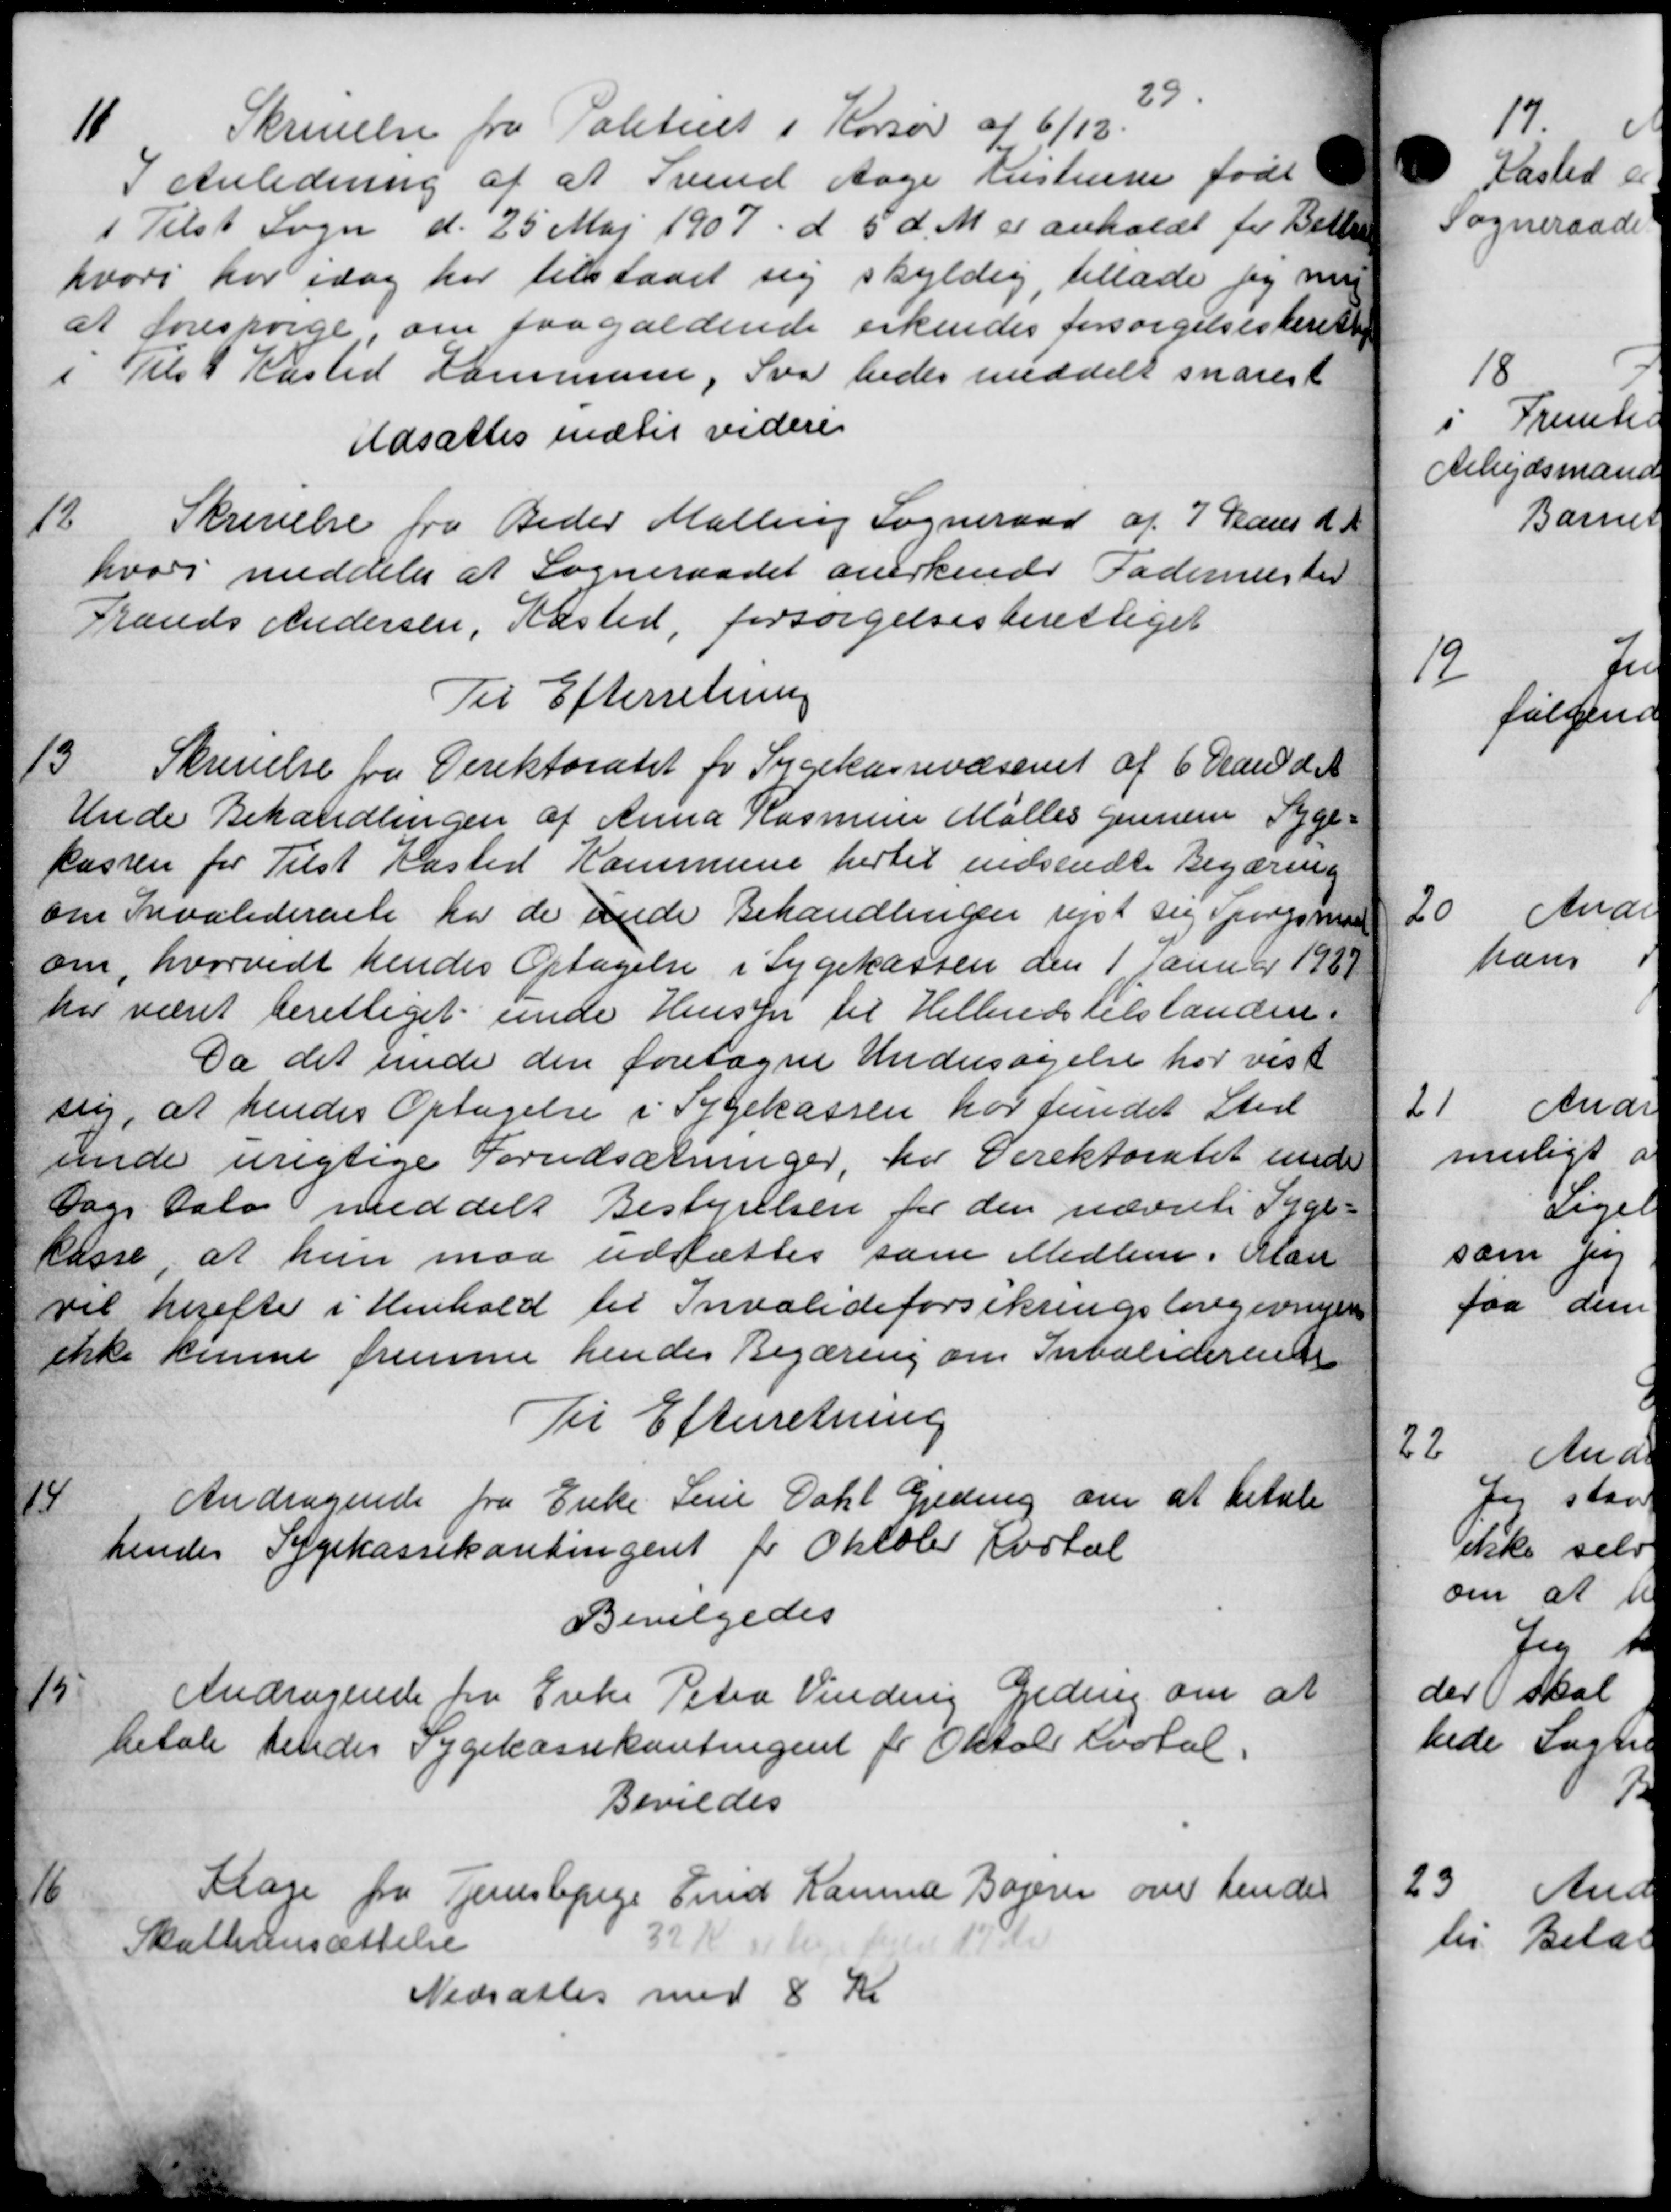
Transskription:
11
Skrivelse fra Politieet i Korsør af 6/12. 29
I Anledning af at Svend Aage Kristensen født
i Tilst Sogn d. 25 Maj 1907 d 5 d. M. er anholdt for Bett
hvori har idag har tilstaaet sig skyldig, tillade jeg m
at forespørge om paagældende erkendes forsørgelsesberettig
i Tilst Kasted Kommune, Svar bedes meddelt snarest
Udsattes indtil videre
12
Skrivelse fra Peder Malling Sogneraad af 7 Maus d. A
hvori meddeler at Sogneraadet anerkende Fadermester
Frands Andersen, Kasted, forsørgelsesberettiget
Til Efterretning
13
Skrivelse fra Direktoratet for Sygekassevæsenet af 6 Man d. A
Unde Behandlingen af Anna Rasmussen Møller gennem Syge=
kassen for Tilst Kasted Kommune hertil indsendte Begæring
om Invaliderente har de sende Behandlingen lyst sig Spørgsman
om, hvorvidt hendes Optagelse i Sygekassen den 1 januar 1929
har været berettiget unde Hensyn til Hilbudstilstanden.
Da det unde den foretagne Undersøgelse har vist
sig, at hendes Optagelse i Sygekassen har fundet Sted
unde urigtige Forudsætninger, for Direktoratet under
Dags Dato meddelt Bestyrelsen for den nævnte Syge-
kasse, at hun maa udsættes som Medlem. Man
vil herefter i Henhold til Invalideforsikringslovgivneen
ikke kunne fremme hendes Begæring om Invaliderene
Til Efterretning
14
Andragende fra Enke Serie Dahl Greding om at betale
hendes Sygekassekontingent i Oktober Kartal
Bevilgedes
15
Andragende fra Enke Peter Vinding Geding om at
betale hendes Sygekassekontingent for Oktobr Kvotal.
Bevildes
16
Klage fra Tjenestepige Frid Lanna Bageren over hende
Skatteansættelse
32 Kr og lige hold 19 Kr
Nedsættes med 8 Kr